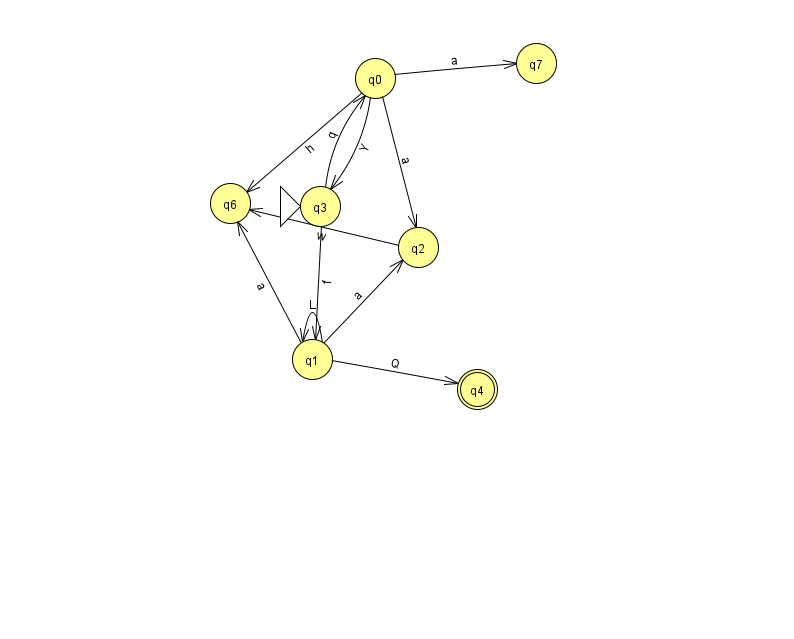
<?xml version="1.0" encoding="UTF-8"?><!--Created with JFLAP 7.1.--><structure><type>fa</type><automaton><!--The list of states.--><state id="0" name="q0"><x>375.0</x><y>65.0</y></state><state id="1" name="q1"><x>312.0</x><y>346.0</y></state><state id="2" name="q2"><x>418.0</x><y>234.0</y></state><state id="3" name="q3"><x>320.0</x><y>193.0</y><initial/></state><state id="4" name="q4"><x>477.0</x><y>376.0</y><final/></state><state id="6" name="q6"><x>230.0</x><y>190.0</y></state><state id="7" name="q7"><x>536.0</x><y>50.0</y></state><!--The list of transitions.--><transition><from>0</from><to>6</to><read>h</read></transition><transition><from>0</from><to>3</to><read>Y</read></transition><transition><from>1</from><to>4</to><read>Q</read></transition><transition><from>1</from><to>6</to><read>a</read></transition><transition><from>3</from><to>1</to><read>f</read></transition><transition><from>0</from><to>2</to><read>a</read></transition><transition><from>2</from><to>6</to><read>w</read></transition><transition><from>1</from><to>2</to><read>a</read></transition><transition><from>0</from><to>7</to><read>a</read></transition><transition><from>1</from><to>1</to><read>L</read></transition><transition><from>3</from><to>0</to><read>q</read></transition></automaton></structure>